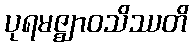
ပုရမဇ္ဈာဝသိဿတိ